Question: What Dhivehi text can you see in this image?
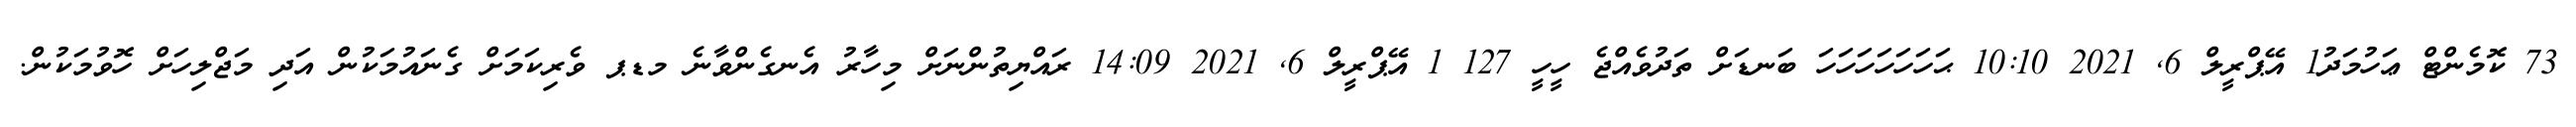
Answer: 73 ކޮމެންޓް ޢަހުމަދު1 އޭޕްރީލް 6, 2021 10:10 ޙަހަހަހަހަހަހަ ބަނޑަށް ތަދުވެއްޖެ ހީހީ 127 1 އޭޕްރީލް 6, 2021 14:09 ރައްޔިތުންނަށް މިހާރު އެނގެންވާނެ މޑޕ ވެރިކަމަށް ގެނައުމަކުން އަދި މަޖްލިހަށް ހޮވުމަކުން.